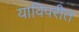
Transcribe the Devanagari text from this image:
याविपरीत